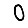
Digit: 0